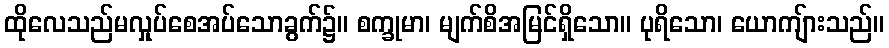
ထိုလေသည်မလှုပ်စေအပ်သောခွက်၌။ စက္ခုမာ၊ မျက်စိအမြင်ရှိသော။ ပုရိသော၊ ယောကျ်ားသည်။